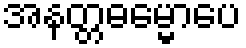
အနတ္တဓမ္မောပေ